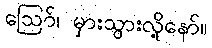
ဪ၊ မှားသွားလို့နော်။